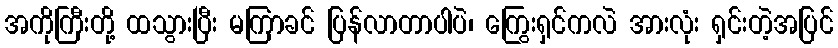
အကိုကြီးတို့ ထသွားပြီး မကြာခင် ပြန်လာတာပါပဲ၊ ကြွေးရှင်ကလဲ အားလုံး ရှင်းတဲ့အပြင်